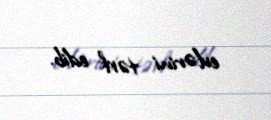
evlərini tərk edib.